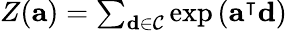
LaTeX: \begin{array}{r}{Z(\mathbf{a})=\sum_{\mathbf{d}\in\mathcal{C}}\exp\left(\mathbf{a}^{\intercal}\mathbf{d}\right)}\end{array}